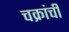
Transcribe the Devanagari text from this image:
चक्रांची